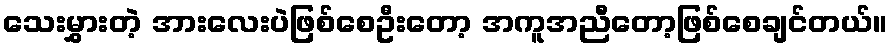
သေးမွှားတဲ့ အားလေးပဲဖြစ်စေဦးတော့ အကူအညီတော့ဖြစ်စေချင်တယ်။